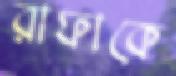
রাফাকে